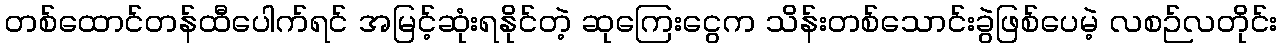
တစ်ထောင်တန်ထီပေါက်ရင် အမြင့်ဆုံးရနိုင်တဲ့ ဆုကြေးငွေက သိန်းတစ်သောင်းခွဲဖြစ်ပေမဲ့ လစဉ်လတိုင်း